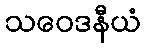
သဝေဒနီယံ